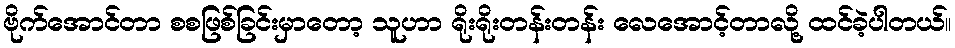
ဗိုက်အောင်တာ စစဖြစ်ခြင်းမှာတော့ သူဟာ ရိုးရိုးတန်းတန်း လေအောင့်တာလို့ ထင်ခဲ့ပါတယ်။